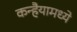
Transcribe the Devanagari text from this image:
कन्हैयामध्ये